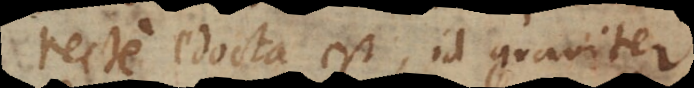
recte edocta est, id graviter